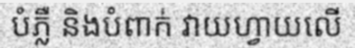
បំភ្លឺ និងបំពាក់ វាយហ្វាយលើ